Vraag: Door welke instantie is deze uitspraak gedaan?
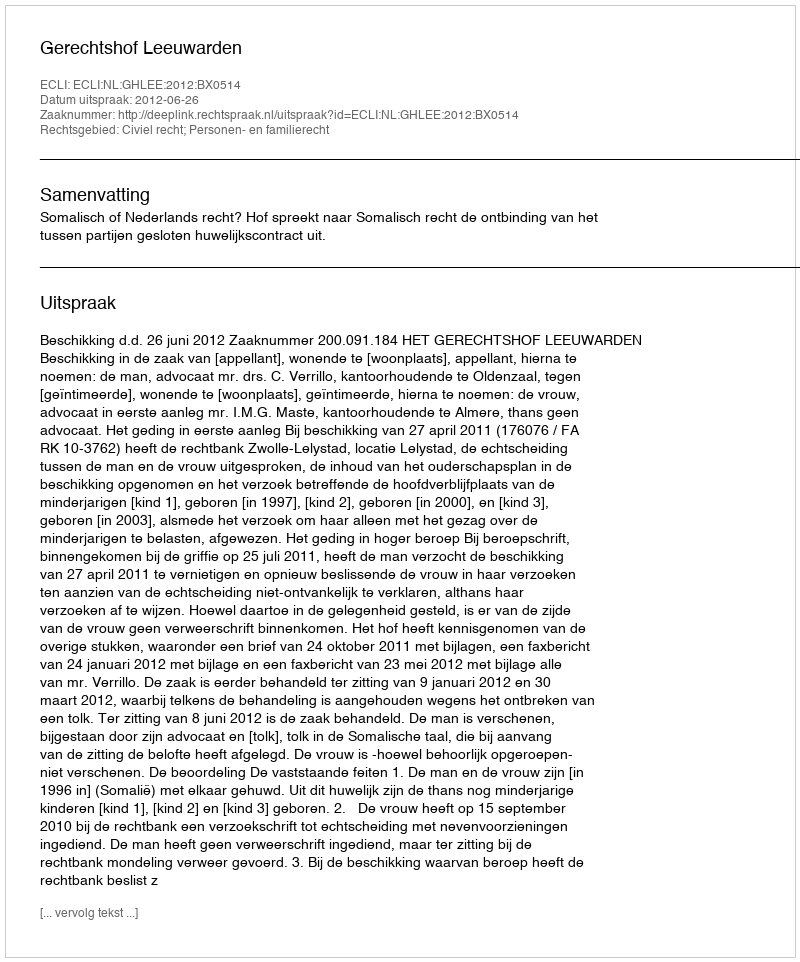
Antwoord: Gerechtshof Leeuwarden